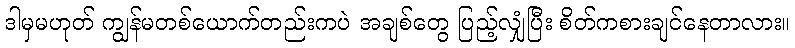
ဒါမှမဟုတ် ကျွန်မတစ်ယောက်တည်းကပဲ အချစ်တွေ ပြည့်လျှံပြီး စိတ်ကစားချင်နေတာလား။